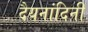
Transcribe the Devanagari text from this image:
दैयनांदिनी